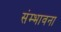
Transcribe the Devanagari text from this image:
संम्भावना